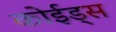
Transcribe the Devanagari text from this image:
कोईड्स